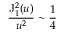
\frac { \mathrm { J } _ { 1 } ^ { 2 } ( u ) } { u ^ { 2 } } \sim \frac { 1 } { 4 }